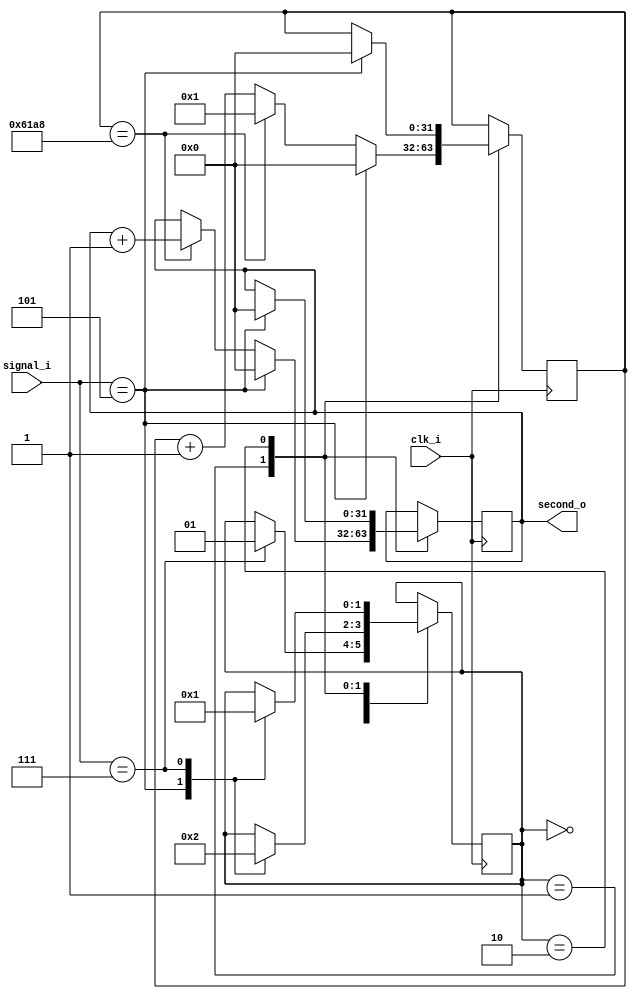
module Timer(clk_i, signal_i, second_o);
  input clk_i;
  input [2:0] signal_i;
  output [31:0] second_o;

  reg [31:0] counter;
  reg [1:0] state;
  reg [31:0] second;

  assign second_o = second;

  `define SSTOP  2'b00
  `define SSTART 2'b01
  `define SPAUSE 2'b10

  initial begin
    state = `SSTOP;
    counter = 0;
    second = 0;
  end

  `define K0  3'b100
  `define K1  3'b101
  `define K2  3'b110
  `define K3  3'b111

  // `define CLKRATE 32'd500000
  `define CLKRATE 32'd25000

  always@(negedge clk_i) begin
    case (state)
      `SSTOP: begin
        case (signal_i)
          `K3: begin
            state <= `SSTART;
          end
        endcase
      end
      `SSTART: begin
        if (counter == `CLKRATE) begin
          counter <= 1;
          second  <= second + 1;
        end else begin
          counter <= counter + 1;
        end
        case (signal_i)
          `K1: begin
            state <= `SSTOP;
            counter <= 0;
            second  <= 0;
          end
          `K3: begin
            state <= `SPAUSE;
          end
        endcase
      end
      `SPAUSE: begin
        case (signal_i)
          `K1: begin
            state <= `SSTOP;
            counter <= 0;
            second  <= 0;
          end
          `K3: begin
            state <= `SSTART;
          end
        endcase
      end
    endcase
  end

  endmodule